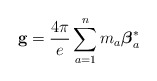
\begin{align*}{\bf g} = {4\pi\over e} \sum_{a=1}^n m_a {\mbox{\boldmath $\beta$}}_a^* \end{align*}